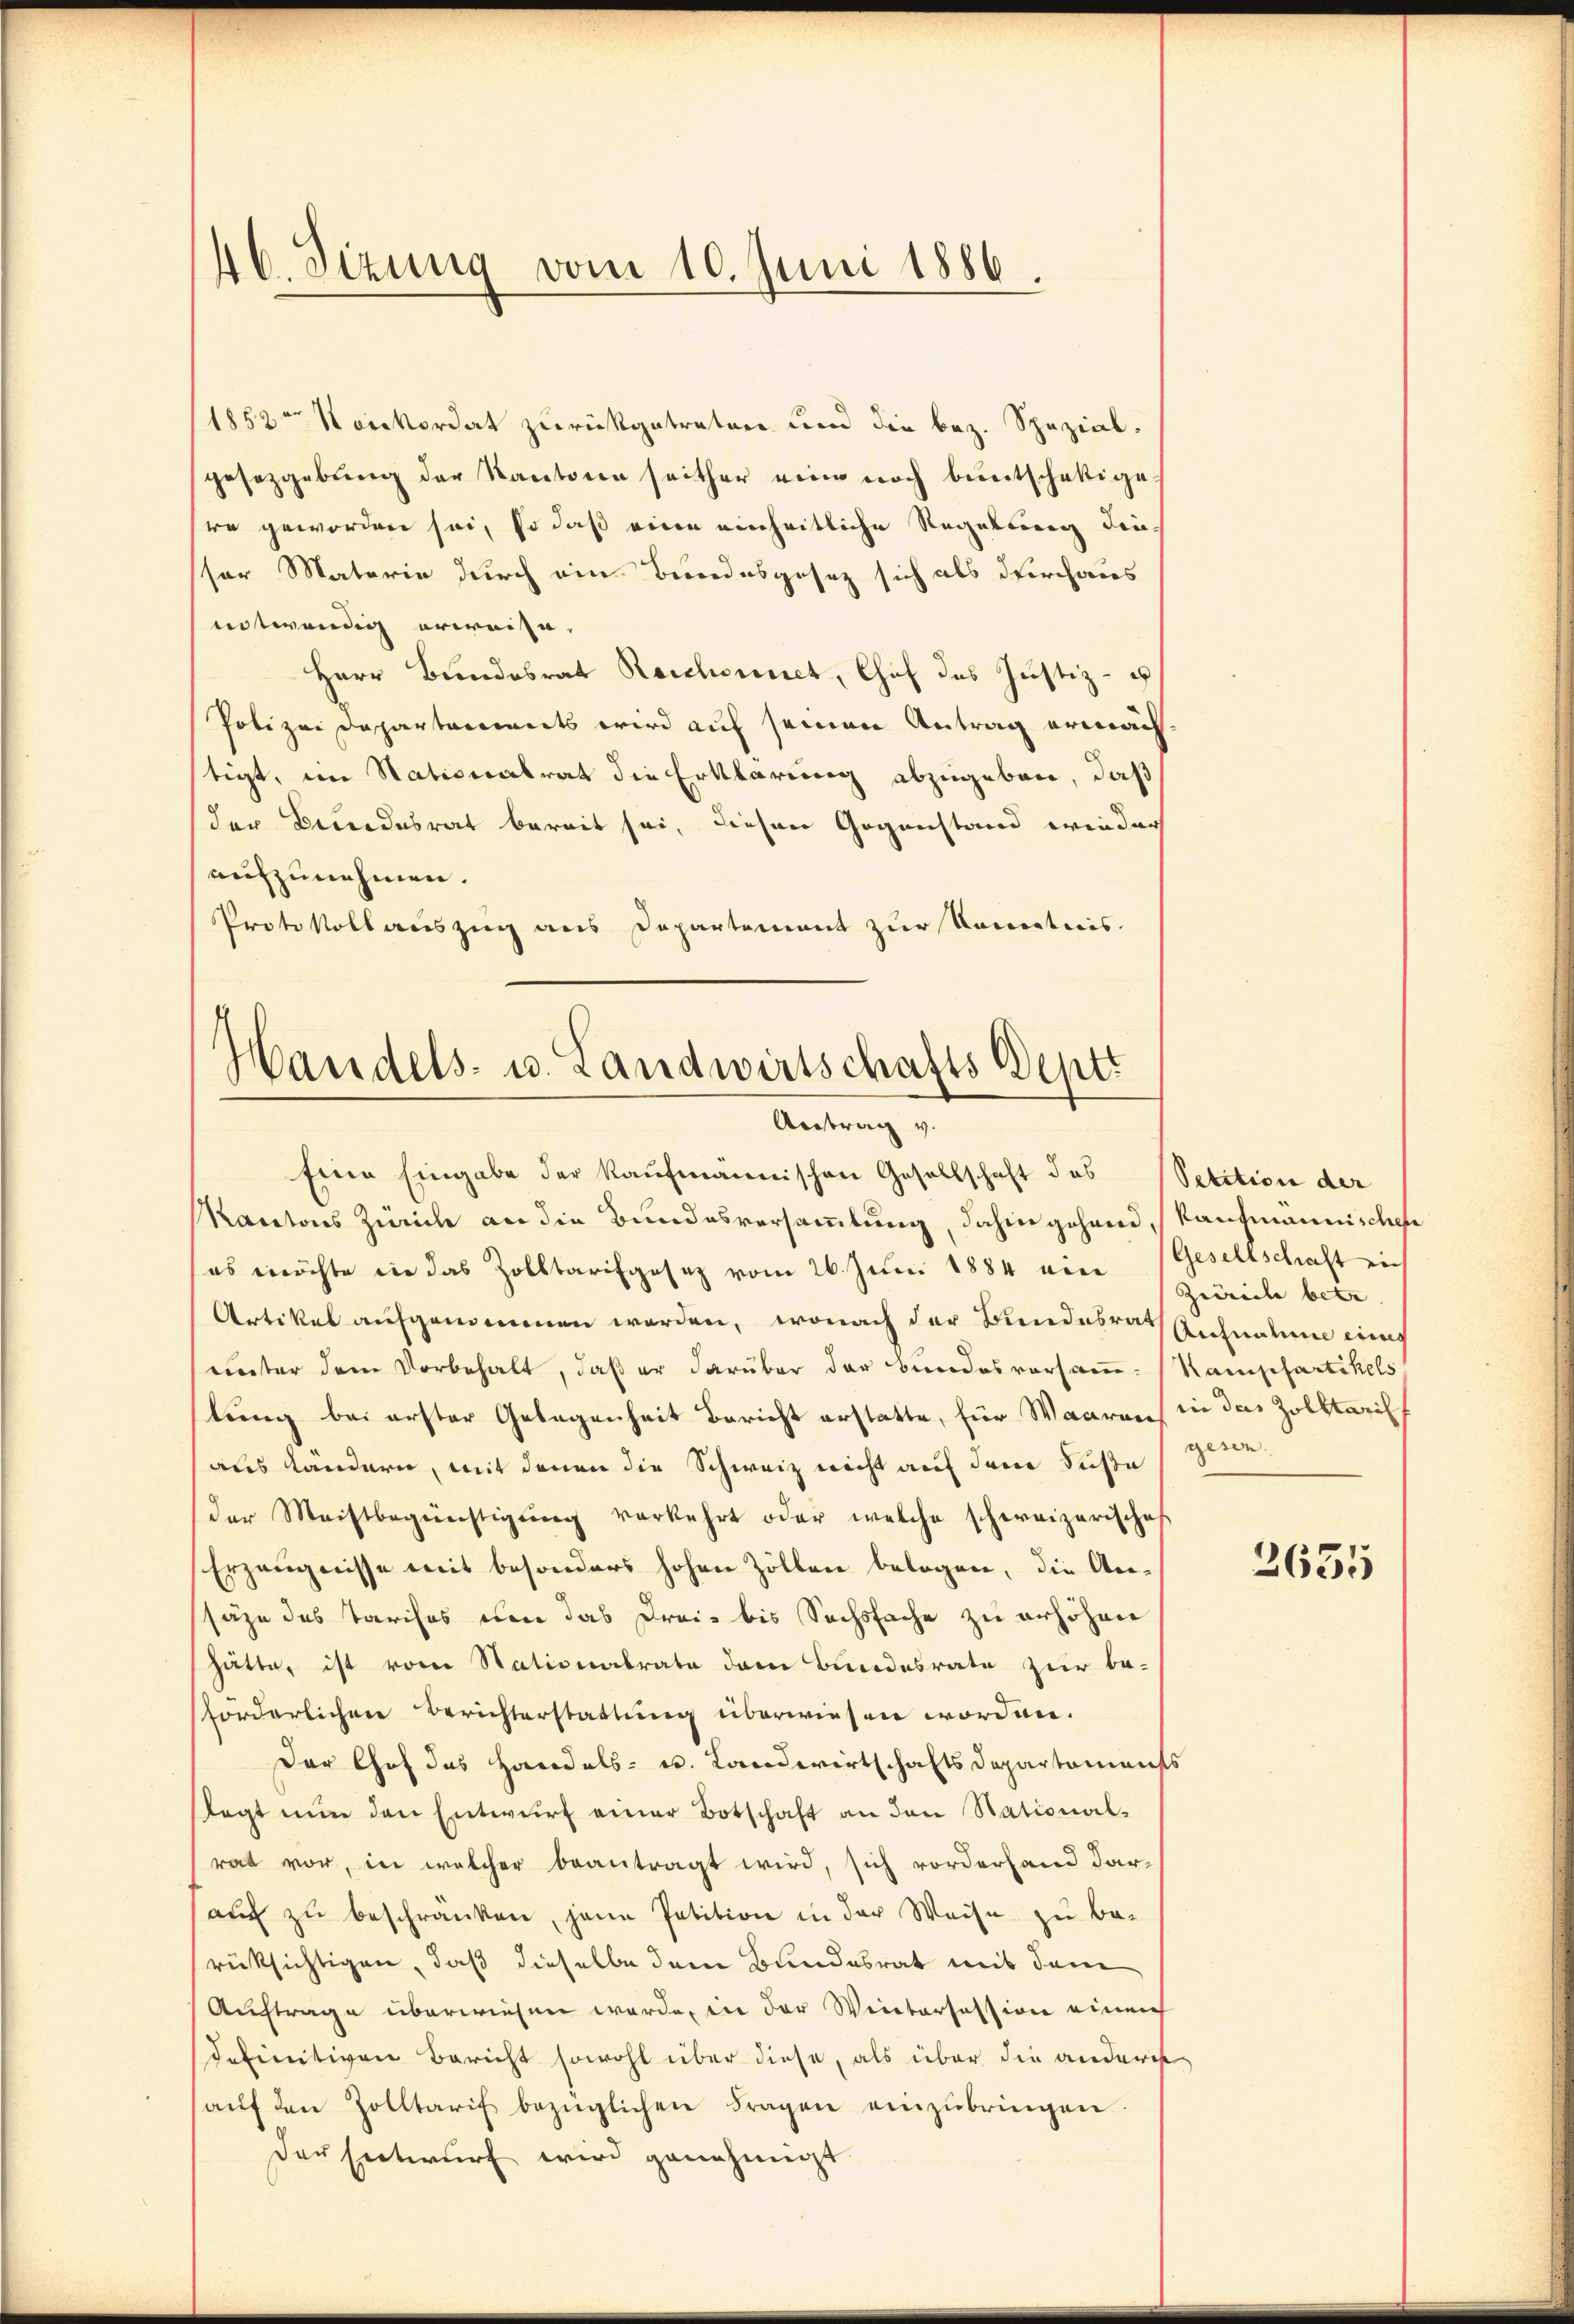
46. Sizung vom 10. Juni 1886.

1852 Nonkordat zurückgetreten und die bez. Spezialgesetzgebung der Kantonen seither eine noch buntschäftige
re geworden sei, so daß eine einheitliche Regelung diessor Materie durch ein Bundesgesetz sich als durchaus
entwendig erweise.
Herr Bundesrat Reichsunct, Chef des Justiz- u
Polizei Departements wird auf seinen Antrag ermächtigt, im Nationalrat die Erklärung abzugeben, daß
der Bundesrat bereit sei, diesen Gegenstand wieder
aufzunehmen.
Protokoll auszug aus Departement zur Kometicis.

Handels- u. Landwirtschafts Deptt
Antrag v.
Eine Eingabe der kaufmännischen Gesellschaft des Petition der

Rantons Zweiche an die Bundesversammlung, dahin gehend, kantmännischen
es möchte in das Zolltarifgesetz vom 26. Juni 1884 ein Zürich bete
Artikel aufgenommen werden, wonach der Bundesrath Aufnahme einig
unter dem Vorbehalt, daß er darüber der Bundesvorsamm-Kampfartikels
lung bei erster Gelegenheit Bericht erstatte, für Waarens in des Zolltaris
aus Kändern, mit denen die Schweiz nicht auf derer Fuße (gesen,
der Meistbegünstigŭng verkehrt oder welche schweizerische
Erzeugnisse mit besonders hohen Zöllen belegen, die An-
säge des Tarifes um das Drei bis Sechsfache zu erhöhen
hätte, ist vom Stationalrate dem Bundesrate zur be-
forderlichen Berichterstattung überwiesen worden.
Der Chof das Handels- u. Landwirtschafts Departements
stagt nun den Entwurf einer Botschaft an den Stational-
rat vor, in welcher beantragt wird, sich vorderland daraŭf zŭ beschränken, jene Petition in der Weise zu be-
rüksichtigen, daß dieselbe dem Bundesrat mit dem
Auftrage überwiesen werde, in der Weitersession einen
definitiven Bericht sowohl über diese, als über die anderes
aŭf den Zolltarif bezüglichen Fragen einzŭbringen.
Der Entwurf wird genehmigt.

Gesellschaft ein

2631